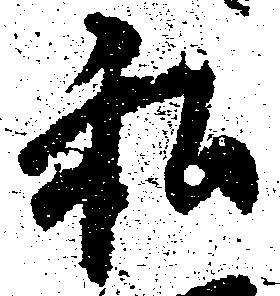
私